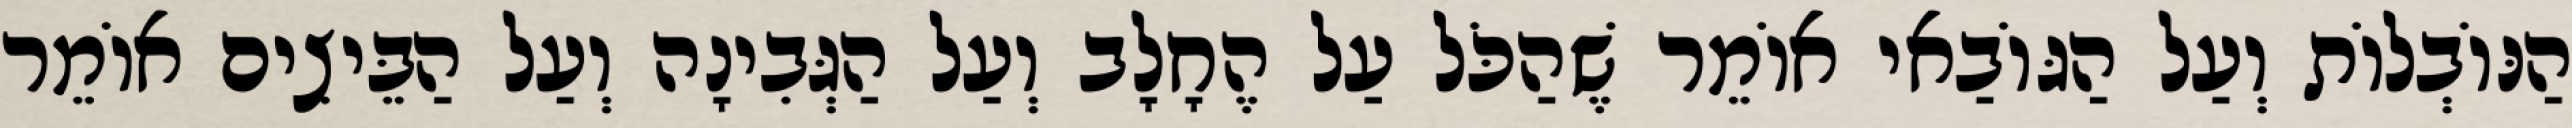
הַנּוֹבְלוֹת וְעַל הַגּוֹבַאי אוֹמֵר שֶׁהַכֹּל עַל הֶחָלָב וְעַל הַגְּבִינָה וְעַל הַבֵּיצִים אוֹמֵר